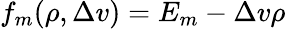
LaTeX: f_{m}(\rho,\Delta v)=E_{m}-\Delta v\rho